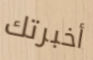
أخبرتك